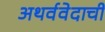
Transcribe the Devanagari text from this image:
अथर्ववेदाची